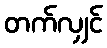
တက်လျှင်